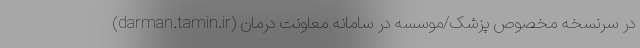
در سرنسخه مخصوص پزشک/موسسه در سامانه معاونت درمان (darman.tamin.ir)